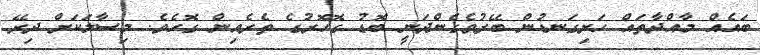
ބައެއް މާއްދާތައް ހަށިގަނޑުން ބޭރުވެގެންދަނީ ބޮޑު ގޮހޮރުގެ ތެރެއިން ގޮހެވެ. މިސާލަކަށް ދިރޭ